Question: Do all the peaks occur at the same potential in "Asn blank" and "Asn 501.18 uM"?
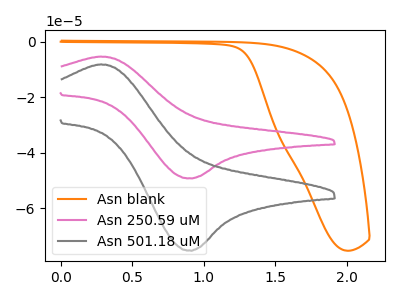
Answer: <think>The orange curve "Asn blank" has no peaks. The pink curve "Asn 250.59 uM" has an anodic peak at (0.30V, -5.30uA) and a cathodic peak at (0.90V, -49.35uA). The gray curve "Asn 501.18 uM" has an anodic peak at (0.30V, -8.10uA) and a cathodic peak at (0.90V, -75.45uA).</think>
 <answer>No, "Asn blank" and "Asn 501.18 uM" have a different number of peaks.</answer>
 <eval>different_amount</eval>